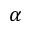
\alpha